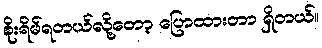
စိုးရိမ်ရတယ်လို့တော့ ပြောထားတာ ရှိတယ်။